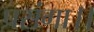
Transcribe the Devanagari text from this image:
प्रसंगा।।